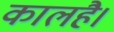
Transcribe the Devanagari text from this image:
कालहै।